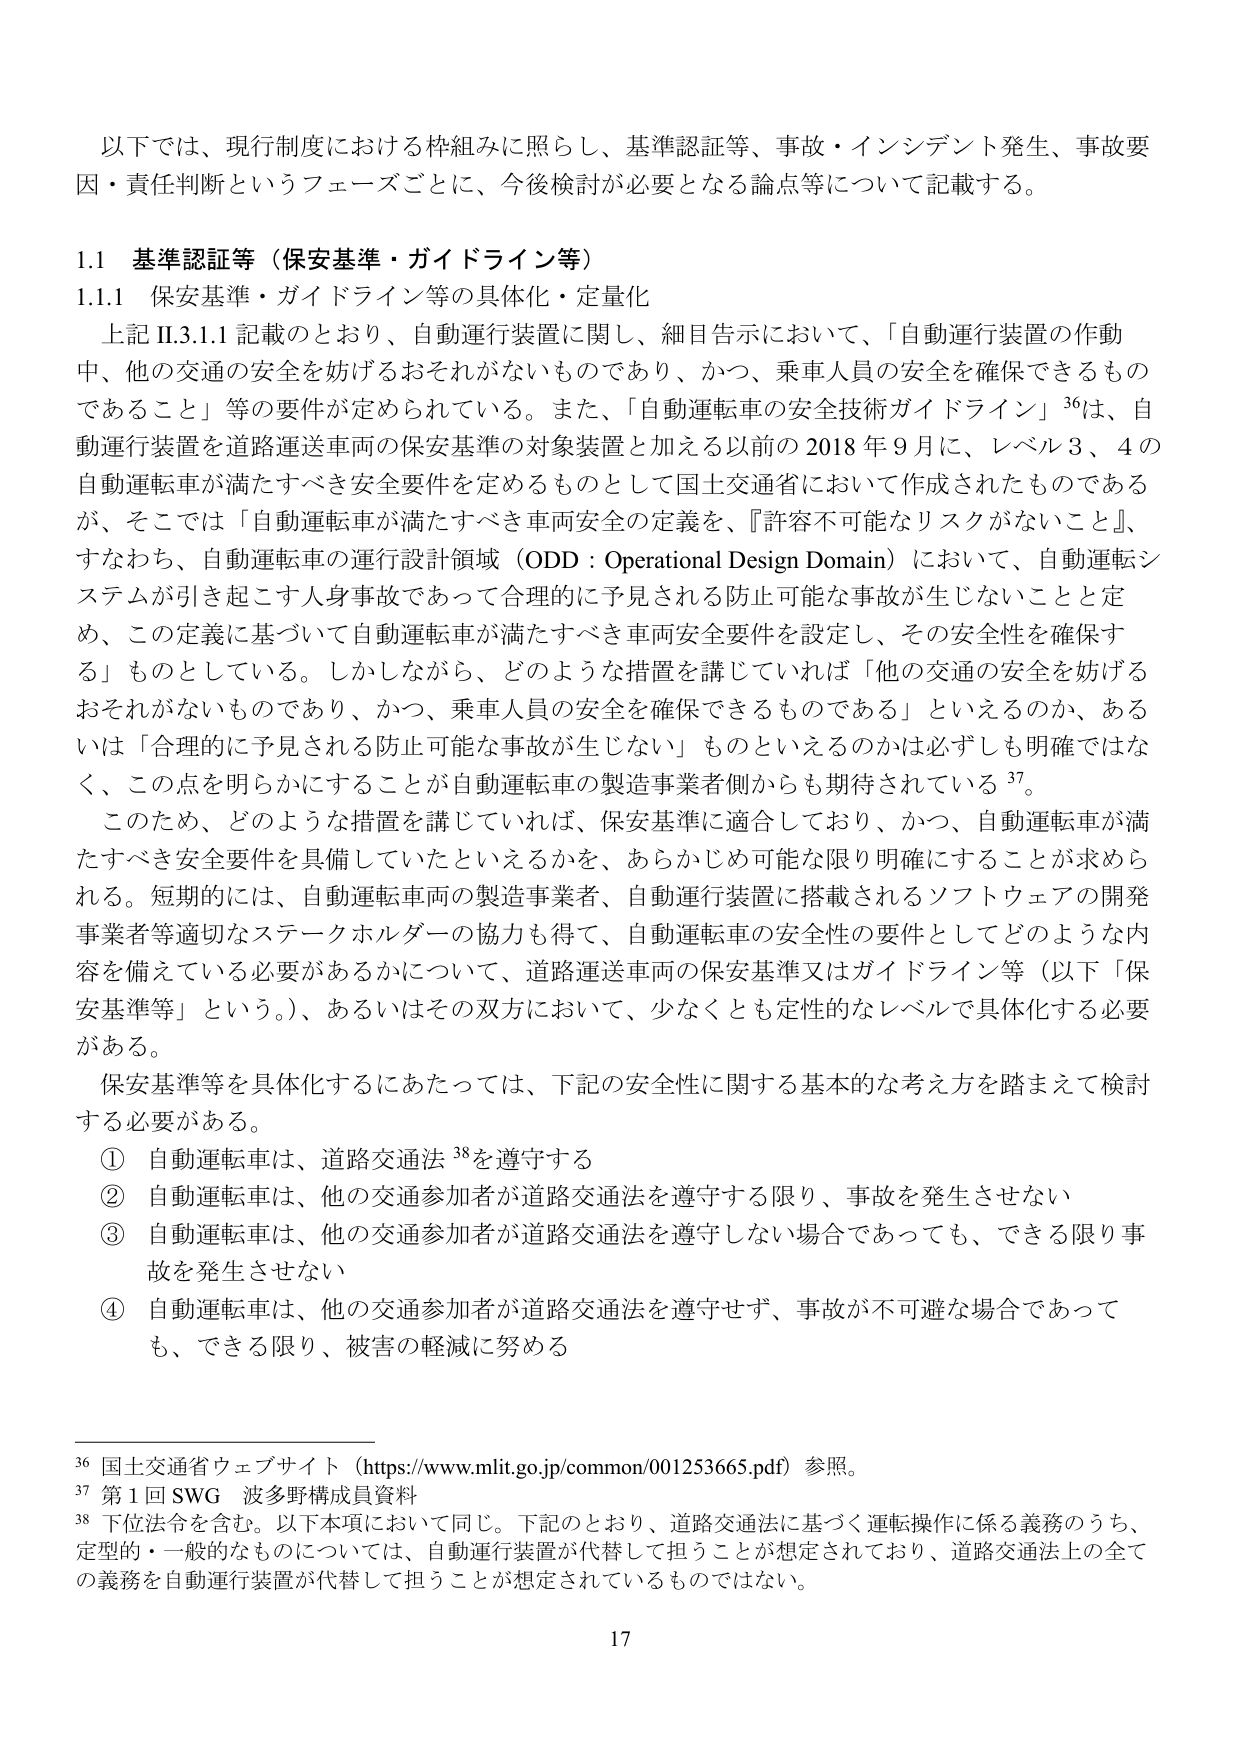
以下では、現行制度における枠組みに照らし、基準認証等、事故・インシデント発生、事故要因・責任判断というフェーズごとに、今後検討が必要となる論点等について記載する。

1.1 基準認証等（保安基準・ガイドライン等）
1.1.1 保安基準・ガイドライン等の具体化・定量化

上記Ⅱ.3.1.1記載のとおり、自動運行装置に関し、細目告示において、「自動運行装置の作動中、他の交通の安全を妨げるおそれがないものであり、かつ、乗車人員の安全を確保できるものであること」等の要件が定められている。また、「自動運転車の安全技術ガイドライン」36は、自動運行装置を道路運送車両の保安基準の対象装置と加える以前の2018年9月に、レベル3、4の自動運転車が満たすべき安全要件を定めるものとして国土交通省において作成されたものであるが、そこでは「自動運転車が満たすべき車両安全の定義を、『許容不可能なリスクがないこと』、すなわち、自動運転車の運行設計領域（ODD：Operational Design Domain）において、自動運転システムが引き起こす人身事故であって合理的に予見される防止可能な事故が生じないことと定め、この定義に基づいて自動運転車が満たすべき車両安全要件を設定し、その安全性を確保する」ものとしている。しかしながら、どのような措置を講じていれば「他の交通の安全を妨げるおそれがないものであり、かつ、乗車人員の安全を確保できるものである」といえるのか、あるいは「合理的に予見される防止可能な事故が生じない」ものといえるのかは必ずしも明確ではなく、この点を明らかにすることが自動運転車の製造事業者側からも期待されている37。

このため、どのような措置を講じていれば、保安基準に適合しており、かつ、自動運転車が満たすべき安全要件を具備していたといえるかを、あらかじめ可能な限り明確にすることが求められる。短期的には、自動運転車両の製造事業者、自動運行装置に搭載されるソフトウェアの開発事業者等適切なステークホルダーの協力も得て、自動運転車の安全性の要件としてどのような内容を備えている必要があるかについて、道路運送車両の保安基準又はガイドライン等（以下「保安基準等」という。）、あるいはその双方において、少なくとも定性的なレベルで具体化する必要がある。

保安基準等を具体化するにあたっては、下記の安全性に関する基本的な考え方を踏まえて検討する必要がある。

① 自動運転車は、道路交通法38を遵守する
② 自動運転車は、他の交通参加者が道路交通法を遵守する限り、事故を発生させない
③ 自動運転車は、他の交通参加者が道路交通法を遵守しない場合であっても、できる限り事故を発生させない
④ 自動運転車は、他の交通参加者が道路交通法を遵守せず、事故が不可避な場合であっても、できる限り、被害の軽減に努める

36 国土交通省ウェブサイト（https://www.mlit.go.jp/common/001253665.pdf）参照。
37 第1回SWG 波多野構成員資料
38 下位法令を含む。以下本項において同じ。下記のとおり、道路交通法に基づく運転操作に係る義務のうち、定型的・一般的なものについては、自動運行装置が代替して担うことが想定されており、道路交通法上の全ての義務を自動運行装置が代替して担うことが想定されているものではない。

17